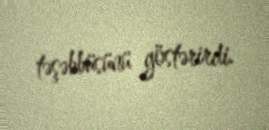
təşəbbüsünü göstərirdi.